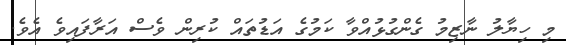
މި ހިޔާލު ނާޒިމު ގެންގުޅުއްވާ ކަމުގެ އަޑުތައް ކުރިން ވެސް އަރާފައިވެ އެވެ.